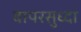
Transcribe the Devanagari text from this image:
वापरसुध्दा